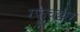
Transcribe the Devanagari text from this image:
रफूचक्कर